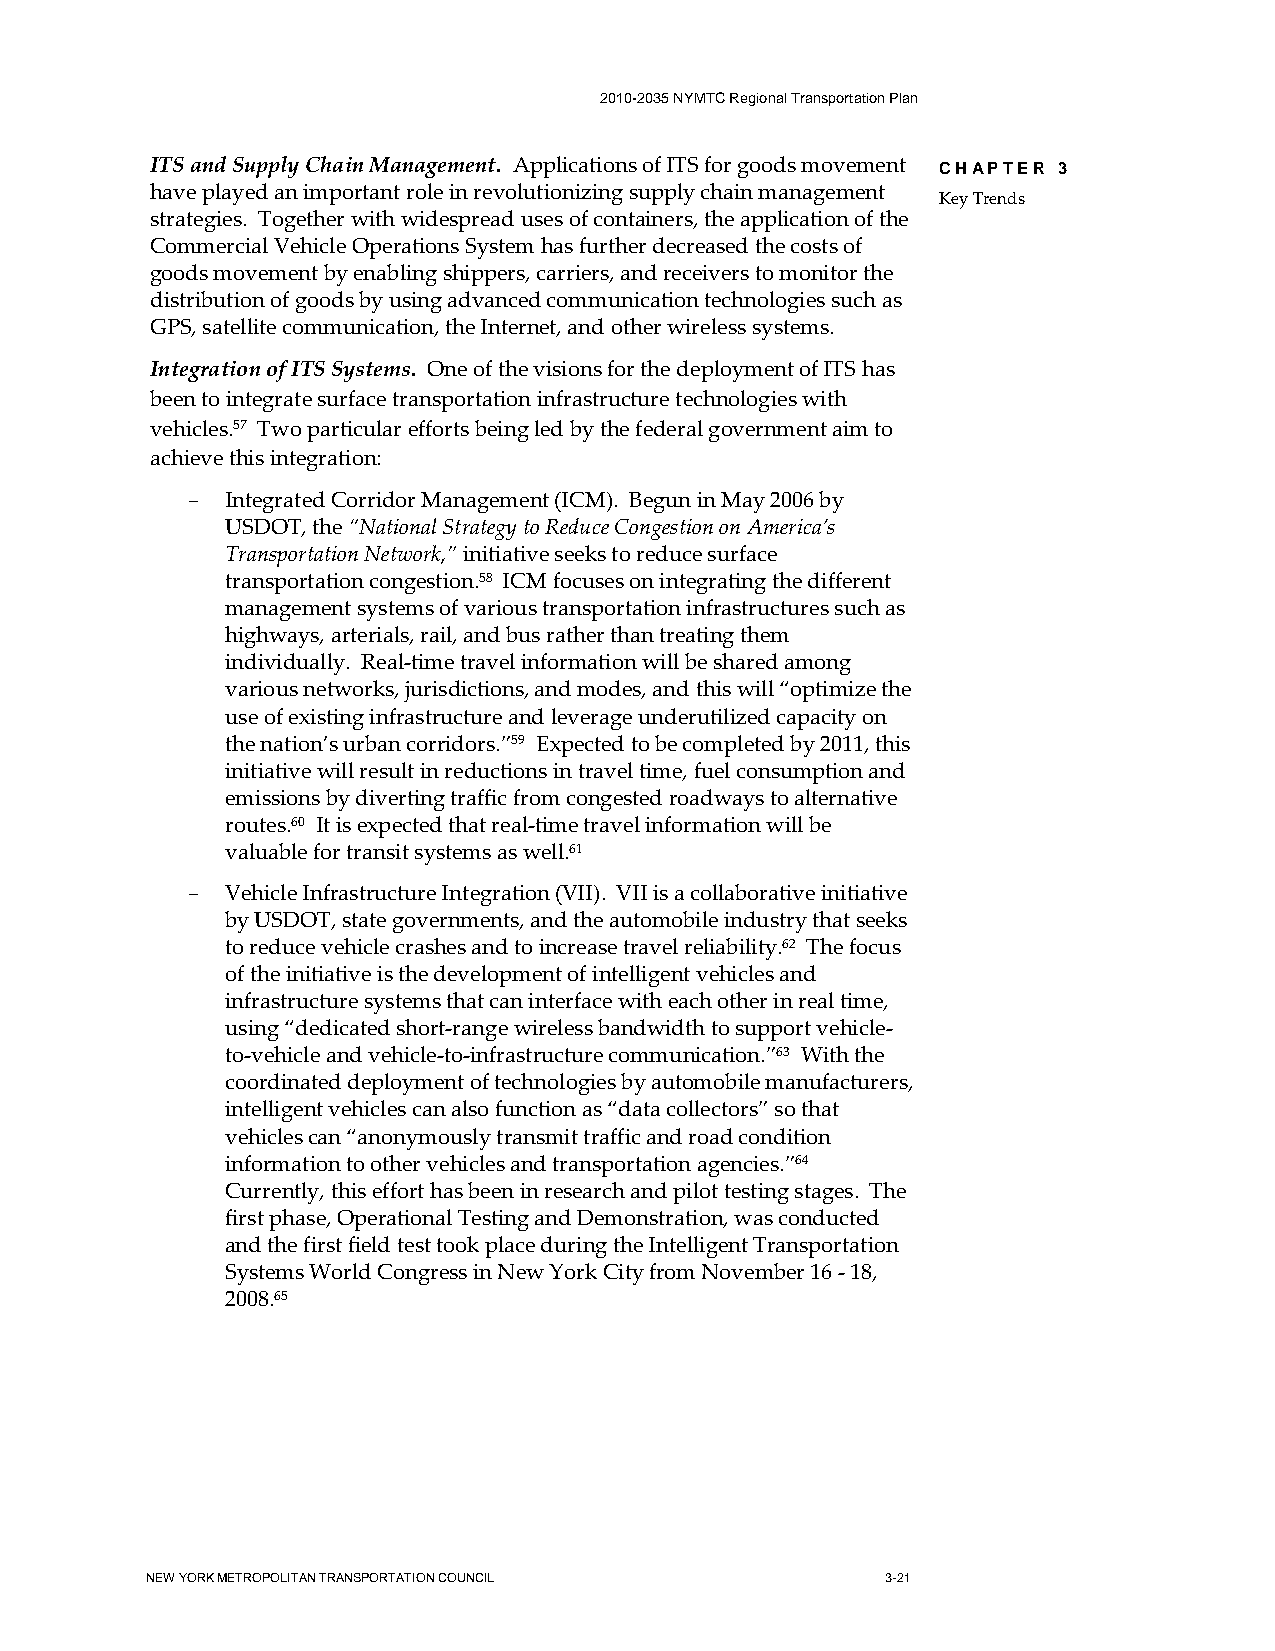
2010-2035 NYMTC Regional Transportation Plan
 ITS and Supply Chain Management. Applications of ITS for goods movement CHAPTER 3
 have played an important role in revolutionizing supply chain management
 Key Trends
 strategies. Together with widespread uses of containers, the application of the
 Commercial Vehicle Operations System has further decreased the costs of
 goods movement by enabling shippers, carriers, and receivers to monitor the
 distribution of goods by using advanced communication technologies such as
 GPS, satellite communication, the Internet, and other wireless systems.
 Integration of ITS Systems. One of the visions for the deployment of ITS has
 been to integrate surface transportation infrastructure technologies with
 vehicles.57 Two particular efforts being led by the federal government aim to
 achieve this integration:
 -  Integrated Corridor Management (ICM). Begun in May 2006 by
 USDOT, the “National Strategy to Reduce Congestion on America’s
 Transportation Network,” initiative seeks to reduce surface
 transportation congestion.58 ICM focuses on integrating the different
 management systems of various transportation infrastructures such as
 highways, arterials, rail, and bus rather than treating them
 individually. Real-time travel information will be shared among
 various networks, jurisdictions, and modes, and this will “optimize the
 use of existing infrastructure and leverage underutilized capacity on
 the nation’s urban corridors.”59 Expected to be completed by 2011, this
 initiative will result in reductions in travel time, fuel consumption and
 emissions by diverting traffic from congested roadways to alternative
 routes.60 It is expected that real-time travel information will be
 valuable for transit systems as well.61
 -  Vehicle Infrastructure Integration (VII). VII is a collaborative initiative
 by USDOT, state governments, and the automobile industry that seeks
 to reduce vehicle crashes and to increase travel reliability.62 The focus
 of the initiative is the development of intelligent vehicles and
 infrastructure systems that can interface with each other in real time,
 using “dedicated short-range wireless bandwidth to support vehicle-
 to-vehicle and vehicle-to-infrastructure communication.”63 With the
 coordinated deployment of technologies by automobile manufacturers,
 intelligent vehicles can also function as “data collectors” so that
 vehicles can “anonymously transmit traffic and road condition
 information to other vehicles and transportation agencies.”64
 Currently, this effort has been in research and pilot testing stages. The
 first phase, Operational Testing and Demonstration, was conducted
 and the first field test took place during the Intelligent Transportation
 Systems World Congress in New York City from November 16 - 18,
 2008.65
 NEW YORK METROPOLITAN TRANSPORTATION COUNCIL     3-21